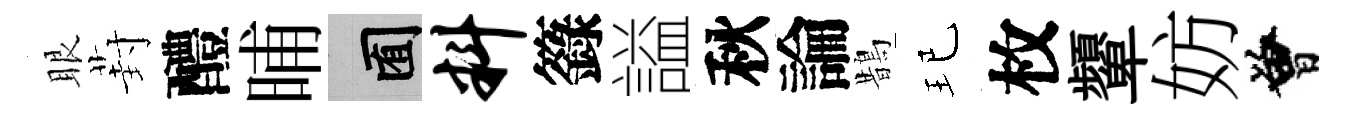
眼葑醴晡囿料籙謚秋論鵲玘枚顰妨曾